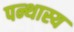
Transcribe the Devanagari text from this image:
पन्थास्य